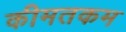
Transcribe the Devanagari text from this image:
कीमतकम